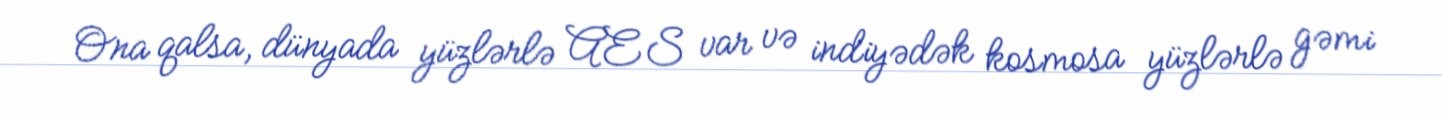
Ona qalsa, dünyada yüzlərlə AES var və indiyədək kosmosa yüzlərlə gəmi